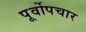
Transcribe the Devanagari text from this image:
पूर्वोपचार